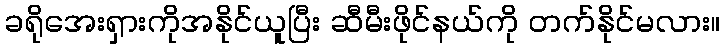
ခရိုအေးရှားကိုအနိုင်ယူပြီး ဆီမီးဖိုင်နယ်ကို တက်နိုင်မလား။